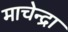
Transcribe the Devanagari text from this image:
माचेन्द्रा